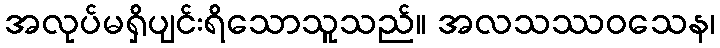
အလုပ်မရှိပျင်းရိသောသူသည်။ အလသဿဝသေန၊